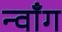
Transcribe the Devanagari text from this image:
न्वाँग